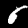
Digit: 6